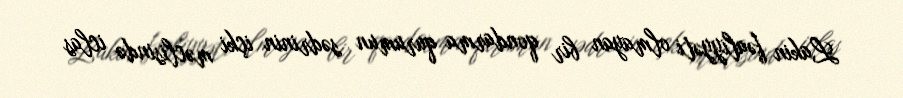
Lakin fəaliyyəti olmayan bir qondarma qurumun sədrinin içki məclisində iclas